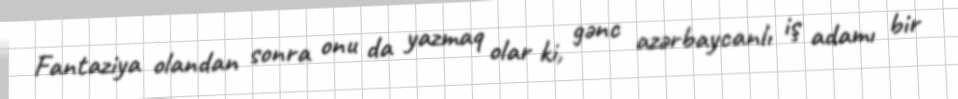
Fantaziya olandan sonra onu da yazmaq olar ki, gənc azərbaycanlı iş adamı bir